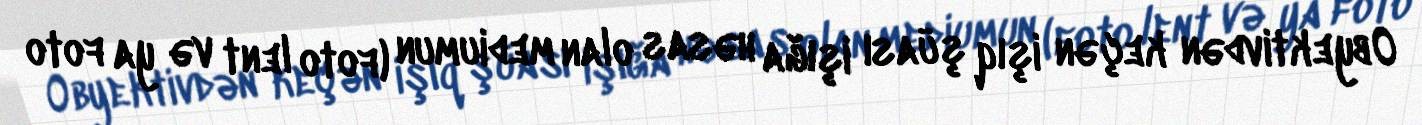
Obyektivdən keçən işıq şüası işığa həsas olan mediumun (foto lent və ya foto